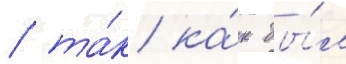
/ та́к ка́к бы́л